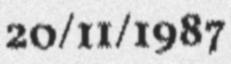
20/11/1987